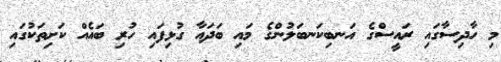
މި ހާދިސާގައި ރައީސްގެ އަނބިކަނބަލުންގެ މައި ބަދައާ ގުޅިފައި ހުރި ބައެއް ކަށިތަކުގައި